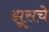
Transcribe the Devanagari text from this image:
झूसचे